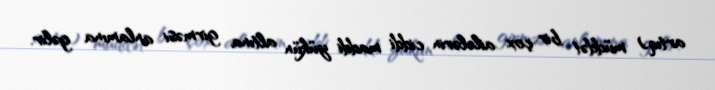
artıq) müddət bir çox ailələrin ciddi maddi yükün altına girməsi anlamına gəlir.